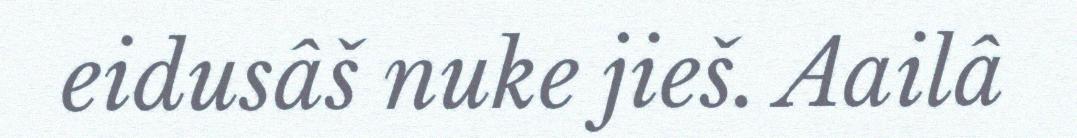
eidusâš nuke jieš. Aailâ